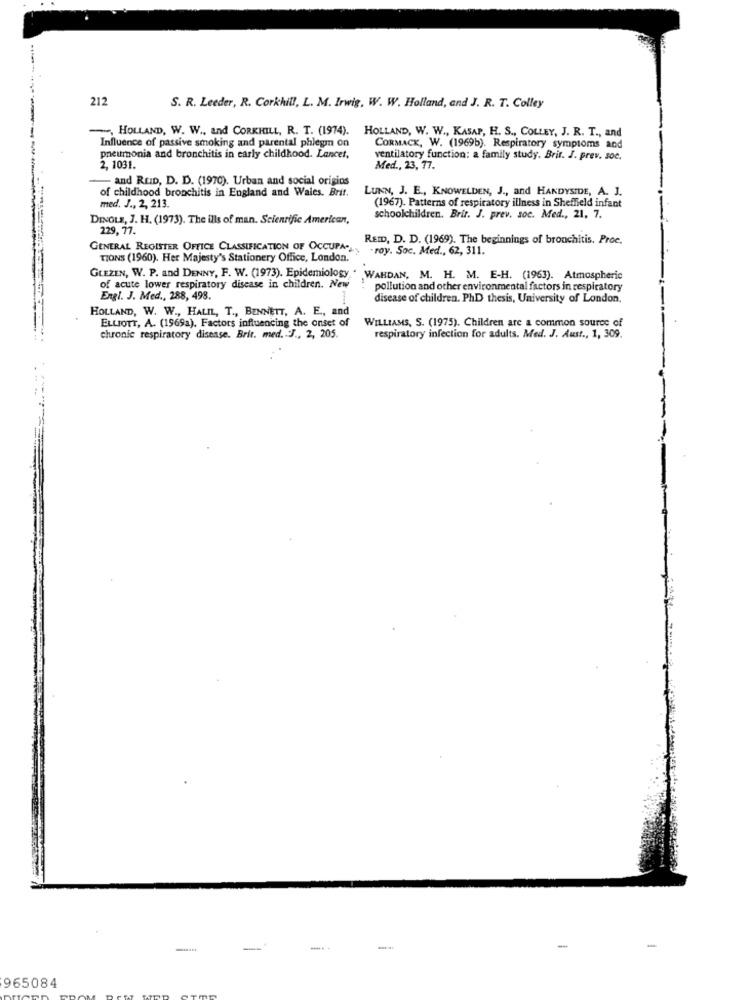
212
S. R. Leeder, R. Corkhill, L. M. Irwig, W. W. Holland, and J. R. T. Colley
, HOLLAND, W. W ., and CORKHILL, R. T. (1974).
HOLLAND, W. W ., KASAP, H. S ., COLLEY, J. R. T ., and
Influence of passive smoking and parental phlegm on
CORMACK, W. (1969b). Respiratory symptoms and
pneumonia and bronchitis in early childhood. Lancet,
ventilatory function: a family study. Brit. J. prev. soc.
2, 1031.
Med ., 23, 77.
- and REID, D. D. (1970). Urban and social origins
of childhood bronchitis in England and Wales. Brit.
LUNN, J. E ., KNOWELDEN, J ., and HANDYSIDE, A. J.
(1967). Patterns of respiratory illness in Sheffield infant
med. J ., 2, 213.
DINOLE, J. H. (1973). The ills of man. Scientific American,
schoolchildren. Brit. J. prev. soc. Med ., 21, 7.
229, 77.
REID, D. D. (1969). The beginnings of bronchitis. Proc.
GENERAL REGISTER OFFICE CLASSIFICATION OF OCCUPA. roy. Soc. Med ., 62, 311.
TIONS (1960). Her Majesty's Stationery Office, London.
GLEZEN, W. P. and DENNY, F. W. (1973). Epidemiology .
WAHDAN, M. H. M. E-H. (1963). Atmospheric
of acute lower respiratory disease in children. New
pollution and other environmental factors in respiratory
Engi. J. Med ., 288, 498.
disease of children. PhD thesis, University of London.
HOLLAND, W. W ., HALIL, T ., BENNETT, A. E ., and
ELLIOTT, A. (1969a). Factors influencing the onset of
WILLIAMS, S. (1975). Children are a common source of
chronic respiratory disease. Brit. med. J ., 2, 205.
respiratory infection for adults. Med. J. Aust ., 1, 309.
-
965084